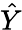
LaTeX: \hat{Y}